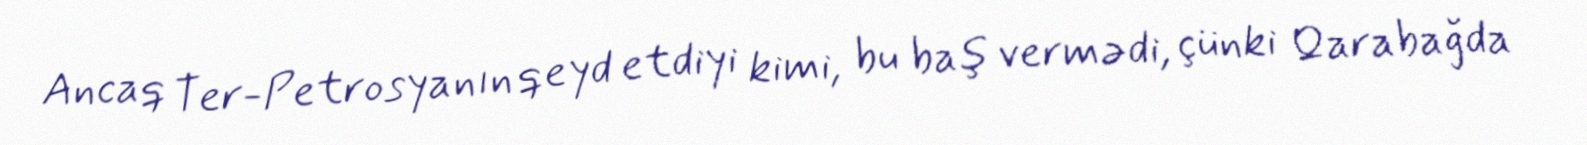
Ancaq Ter-Petrosyanın qeyd etdiyi kimi, bu baş vermədi, çünki Qarabağda